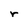
Character: r